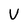
Character: V